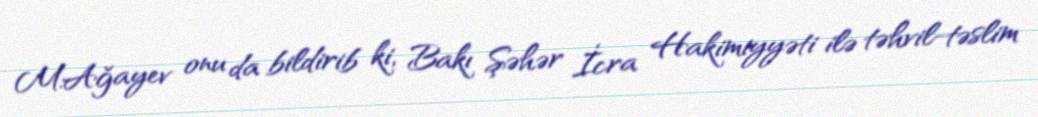
M.Ağayev onu da bildirib ki, Bakı Şəhər İcra Hakimiyyəti ilə təhvil-təslim